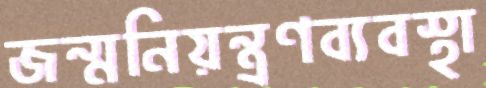
জন্মনিয়ন্ত্রণব্যবস্থা